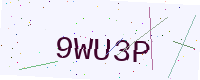
Text: 9WU3P